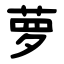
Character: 萝